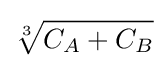
{\sqrt[{3}]{C_{A}+C_{B}}}